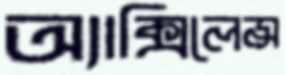
অ্যাক্সিলেন্স